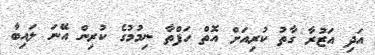
އަދި އަޒުރާ ގާތު ކުރިއަށް އޮތް ހަފްތާ ނިމުމުގެ ކުރިން އޭނަ ލައިބާ